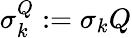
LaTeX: \sigma_{k}^{Q}:=\sigma_{k}Q